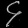
Digit: ၄